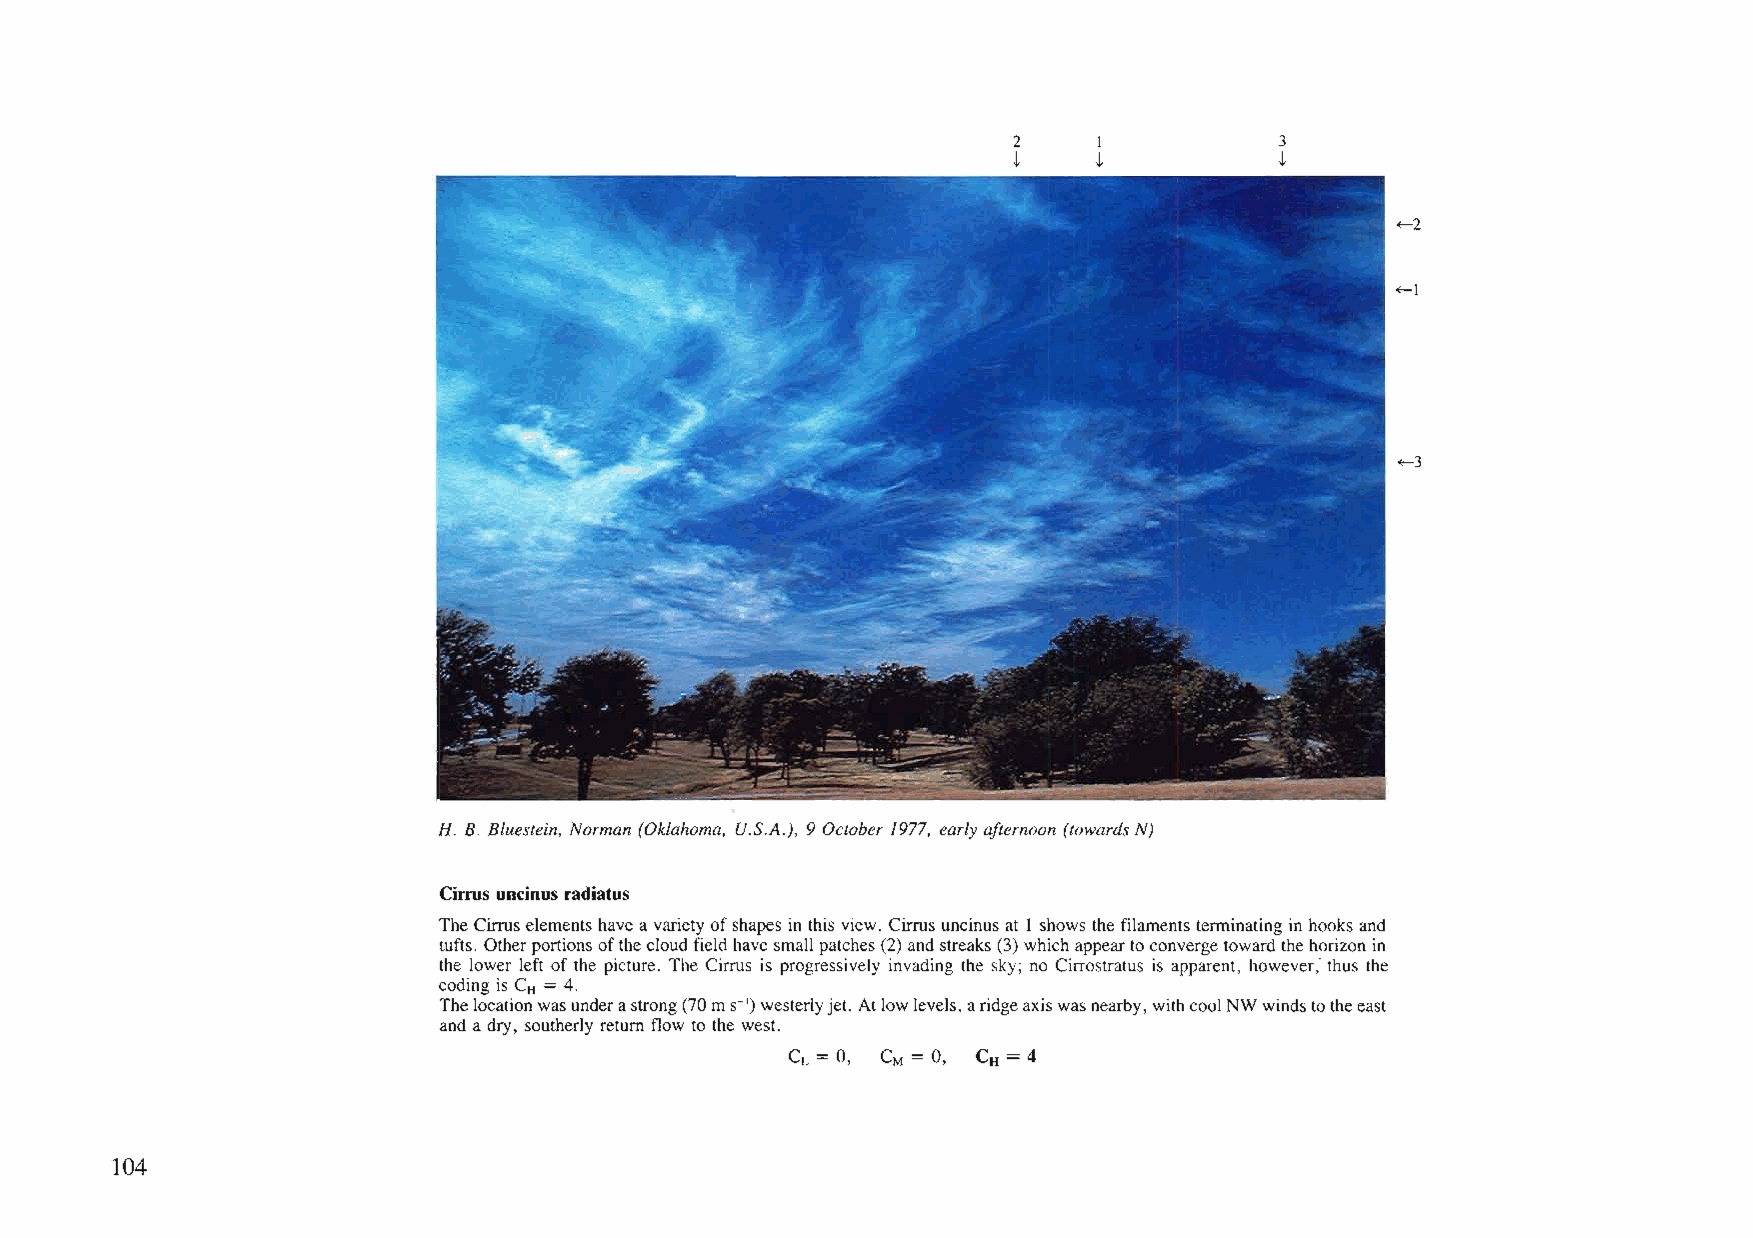
2     I           3
 ~     ~           ~
 ~2
 ~l
 ~3
 H. B. Bluestein, Norman (Oklahoma, U.S.A.), 9 October 1977, earlyafternoon (towardsN)
 Cirrus uncinus radiatus
 TheCirruselements have avarietyofshapes in this view. Cirrus uncinus at 1shows the filaments terminating in hooks and
 tufts. Otherportionsofthe cloudfield havesmall patches(2) andstreaks (3) whichappearto convergetoward the horizon in
 the lower left of the picture. The Cirrus is progressively invading the sky; no Cirrostratus is apparent, however; thus the
 coding is CH = 4.
 Thelocationwasunderastrong(70mS-I)westerlyjet. Atlowlevels,aridgeaxiswasnearby, withcoolNWwindstotheeast
 and a dry, southerly return flow to the west.
 CL = 0, CM = 0, CH = 4
 104